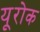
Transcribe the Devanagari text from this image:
यूरोक